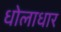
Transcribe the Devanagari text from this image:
धोलाधार